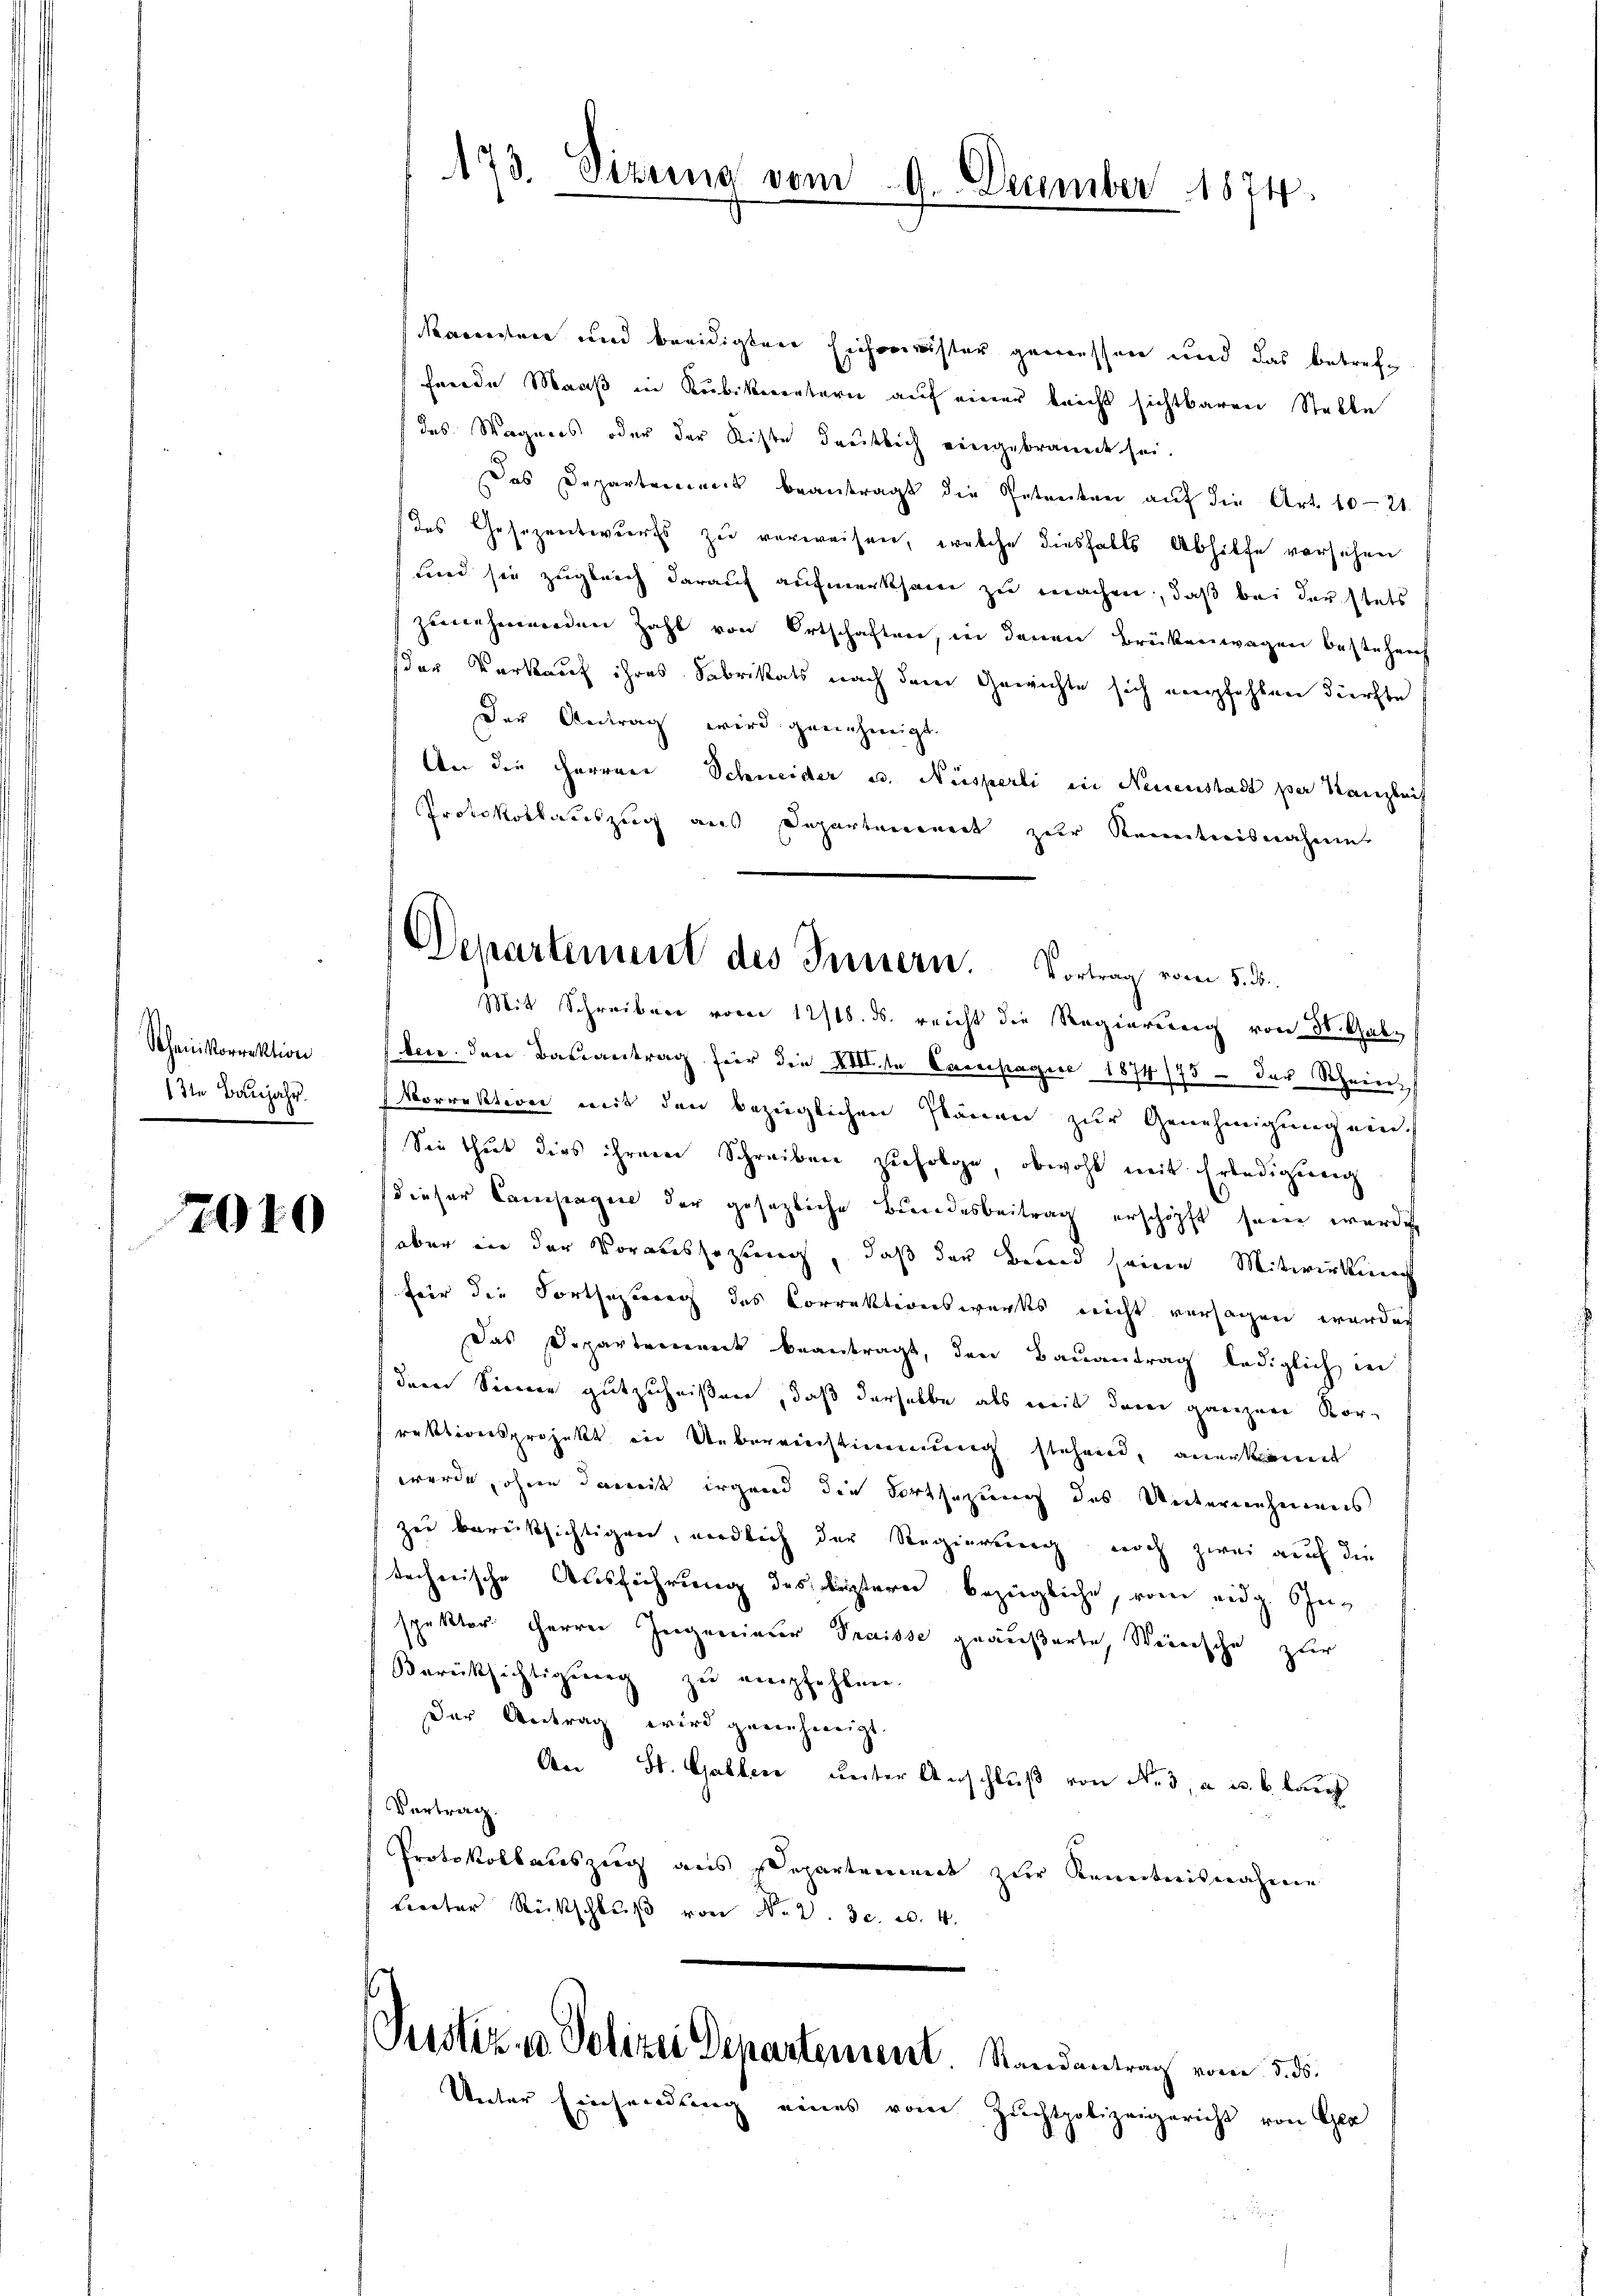
Scheinkorrektion
1te Baujahr.

2040

173. Sizung vom 9. December 1874.

Naeredence und beeidigten Eicheminister gemessen und das betrefe
frrede Maaß in Kubikerntern auf einer leicht sichtbaren Stelle
(des Wagners oder der Kiste deutlich eingebranndt sei.
Das Departemens beantragt die Getreiten auf die Art. 1021.
des Gesezentwurfs zu verweisen, welche diesfalls Abhilfe versichen
Lied sie zugleich darauf aufmerksam zu machen, daß bei der stets
zunehmenden Zahl von Ortschaften, in denen Brükenwagen bestehen
der Vorkauf ihres Fabrikats nach dem Gewichte sich empfehlen dürfte
Der Gedrag wird genehmigt.
An die Herrere Schneider u. Nüsperli in Neinenstadt per Kanzleit
Protokollauszug aus Departement zur Kenntnisnahme
Mit Schreiben vom 12/18. ds. reicht die Regierung von 30. Galbei den Bauantrag für die XIIIte Campagie 1874/75 - der Schein-
Vorrektion mit den bezüglichen Plänen zur Genehmigung ein¬
Sie thut dies ihrem Schreiben zŭfolge, obwohl mit Erledigŭng
dieser Cameragen der gesezliche Bundesbeitrag erschöpft sein würde
aber in der Voraussetzung, daß der Brand seine Mitwirkung
für die Fortseztere des Correktionswerks nicht versagen werden
Das Departement beantragt, den Bauantrag lediglich in
deren Sinnen gutzuheißern, daß derselbe als weit dem ganzen Korrektionsprojekt in Uebereinstimmung stehend, anerkannt
wurde, ohne damit irgend die Fortsezung des Unternehmens
zu berücksichtigen, werdlich der Regierung noch zwei auf die
techerische Ausführung des leztern bezügliche, vom eidg. Onspektor Herren Zeigenieur Praisse geäußerte, Weinische zur
Berücksichtigung zu empfehlen.
Der Antrag wird genehmigt.
An St. Gallen unter Anschluß von Nr. 3, a u. blauf
Vertrag.
Protokollauszug aus Departement zur Kenntnisnahme
treiter Rückschlŭβ von No 2. 3. u. 4.
Pustiz- & Polizei Departement. Randantrag vom 5. 55.
Unter Einsendung eines vom Zuchtpolizeigericht von Gla

Departement des Innern. Vortrag vom 5. d.